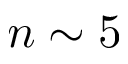
n \sim 5